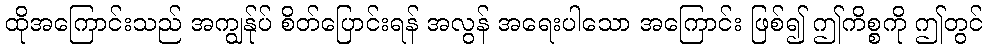
ထိုအကြောင်းသည် အကျွန်ုပ် စိတ်ပြောင်းရန် အလွန် အရေးပါသော အကြောင်း ဖြစ်၍ ဤကိစ္စကို ဤတွင်